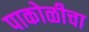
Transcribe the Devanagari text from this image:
पाकोळीचा